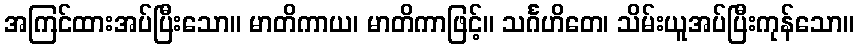
အကြင်ထားအပ်ပြီးသော။ မာတိကာယ၊ မာတိကာဖြင့်။ သင်္ဂဟိတေ၊ သိမ်းယူအပ်ပြီးကုန်သော။